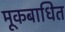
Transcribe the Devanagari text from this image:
मूकबाधित